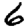
Digit: 6